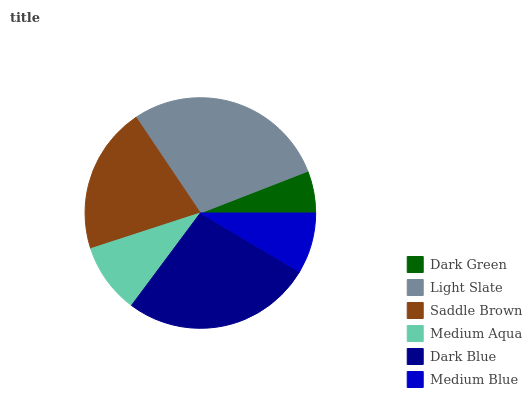
| Dark Green | Light Slate | Saddle Brown | Medium Aqua | Dark Blue | Medium Blue |
 | --- | --- | --- | --- | --- | --- |
 | 5.91% | 28.5% | 20.5% | 9.81% | 26.7% | 8.52% |